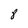
Character: 8